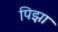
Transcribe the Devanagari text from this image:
पिझा